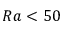
R a < 5 0